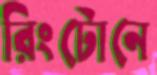
রিংটোনে